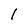
Character: I